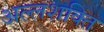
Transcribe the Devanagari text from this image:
अल्लशक्ति